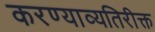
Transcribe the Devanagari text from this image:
करण्याव्यतिरीक्त